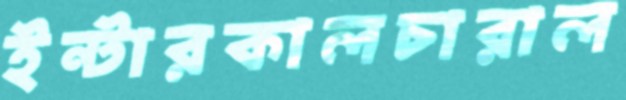
ইন্টারকালচারাল